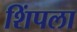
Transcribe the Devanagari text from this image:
शिंपला